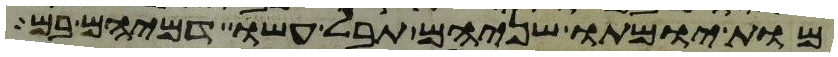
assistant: מות יומתו שניהם תבל עשו דמיהם בם